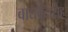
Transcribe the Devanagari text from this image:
वाद्यवृंदासह